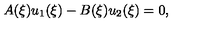
A ( \xi ) u _ { 1 } ( \xi ) - B ( \xi ) u _ { 2 } ( \xi ) = 0 ,